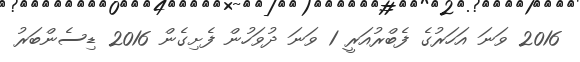
2016 ވަނަ އަހަރުގެ ފެބްރުއަރީ 1 ވަނަ ދުވަހުން ފެށިގެން 2016 ޑިސެންބަރު